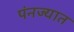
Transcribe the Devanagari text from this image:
पंनज्यात